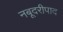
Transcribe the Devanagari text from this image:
नबूदरीपाद